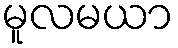
မူလမယာ